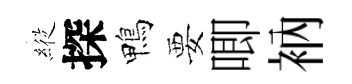
𦂵探鴨要唧衲